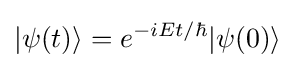
|\psi (t)\rangle =e^{-iEt/\hbar }|\psi (0)\rangle